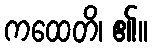
ကထေတိ၊ ၏။